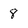
Character: 8